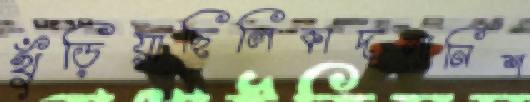
খুঁড়িয়াছিলিকাদলানিশ